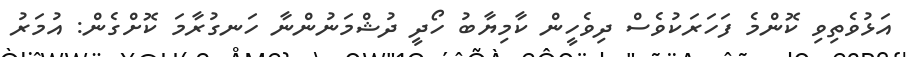
އަޅުވެތިވި ކޮންމެ ފަހަރަކުވެސް ދިވެހީން ކާމިޔާބު ހޯދީ ދުޝްމަނުންނާ ހަނގުރާމަ ކޮށްގެން: އުމަރު